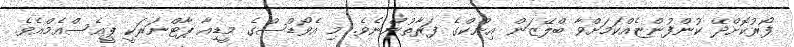
ފޯރުކޮށްދޭ ކުންފުންޏެއްކަމަށްވާ ބްލޭޒަން އިންކްގެ ފަރާތުންނެވެ. މި އެވޯޑްސްގެ މީޑިއާ ޕާޓްނަރަކީ ޕީއެސްއެމްއެވެ.